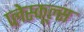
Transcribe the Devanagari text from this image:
प्लेस्कूल्स